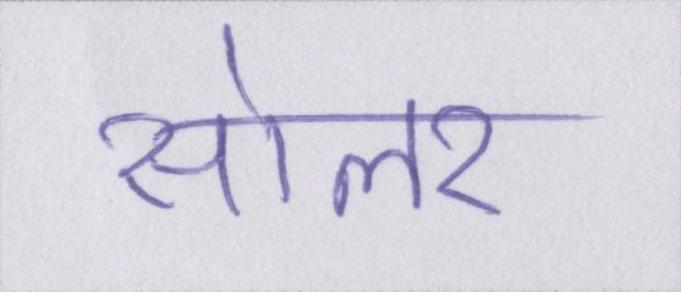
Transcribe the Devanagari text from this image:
सोलर